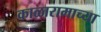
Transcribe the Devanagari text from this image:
काळारामाच्या